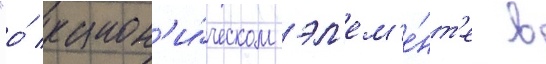
"о́ канон'и́ческом эл'ем'е́нт'е в